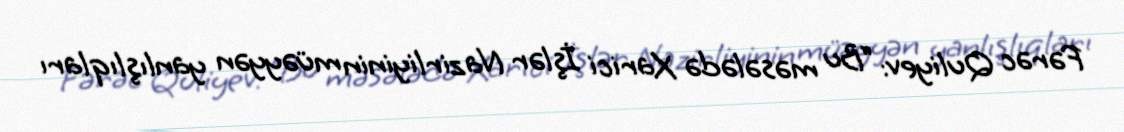
Fərəc Quliyev: “Bu məsələdə Xarici İşlər Nazirliyinin müəyyən yanlışlıqları